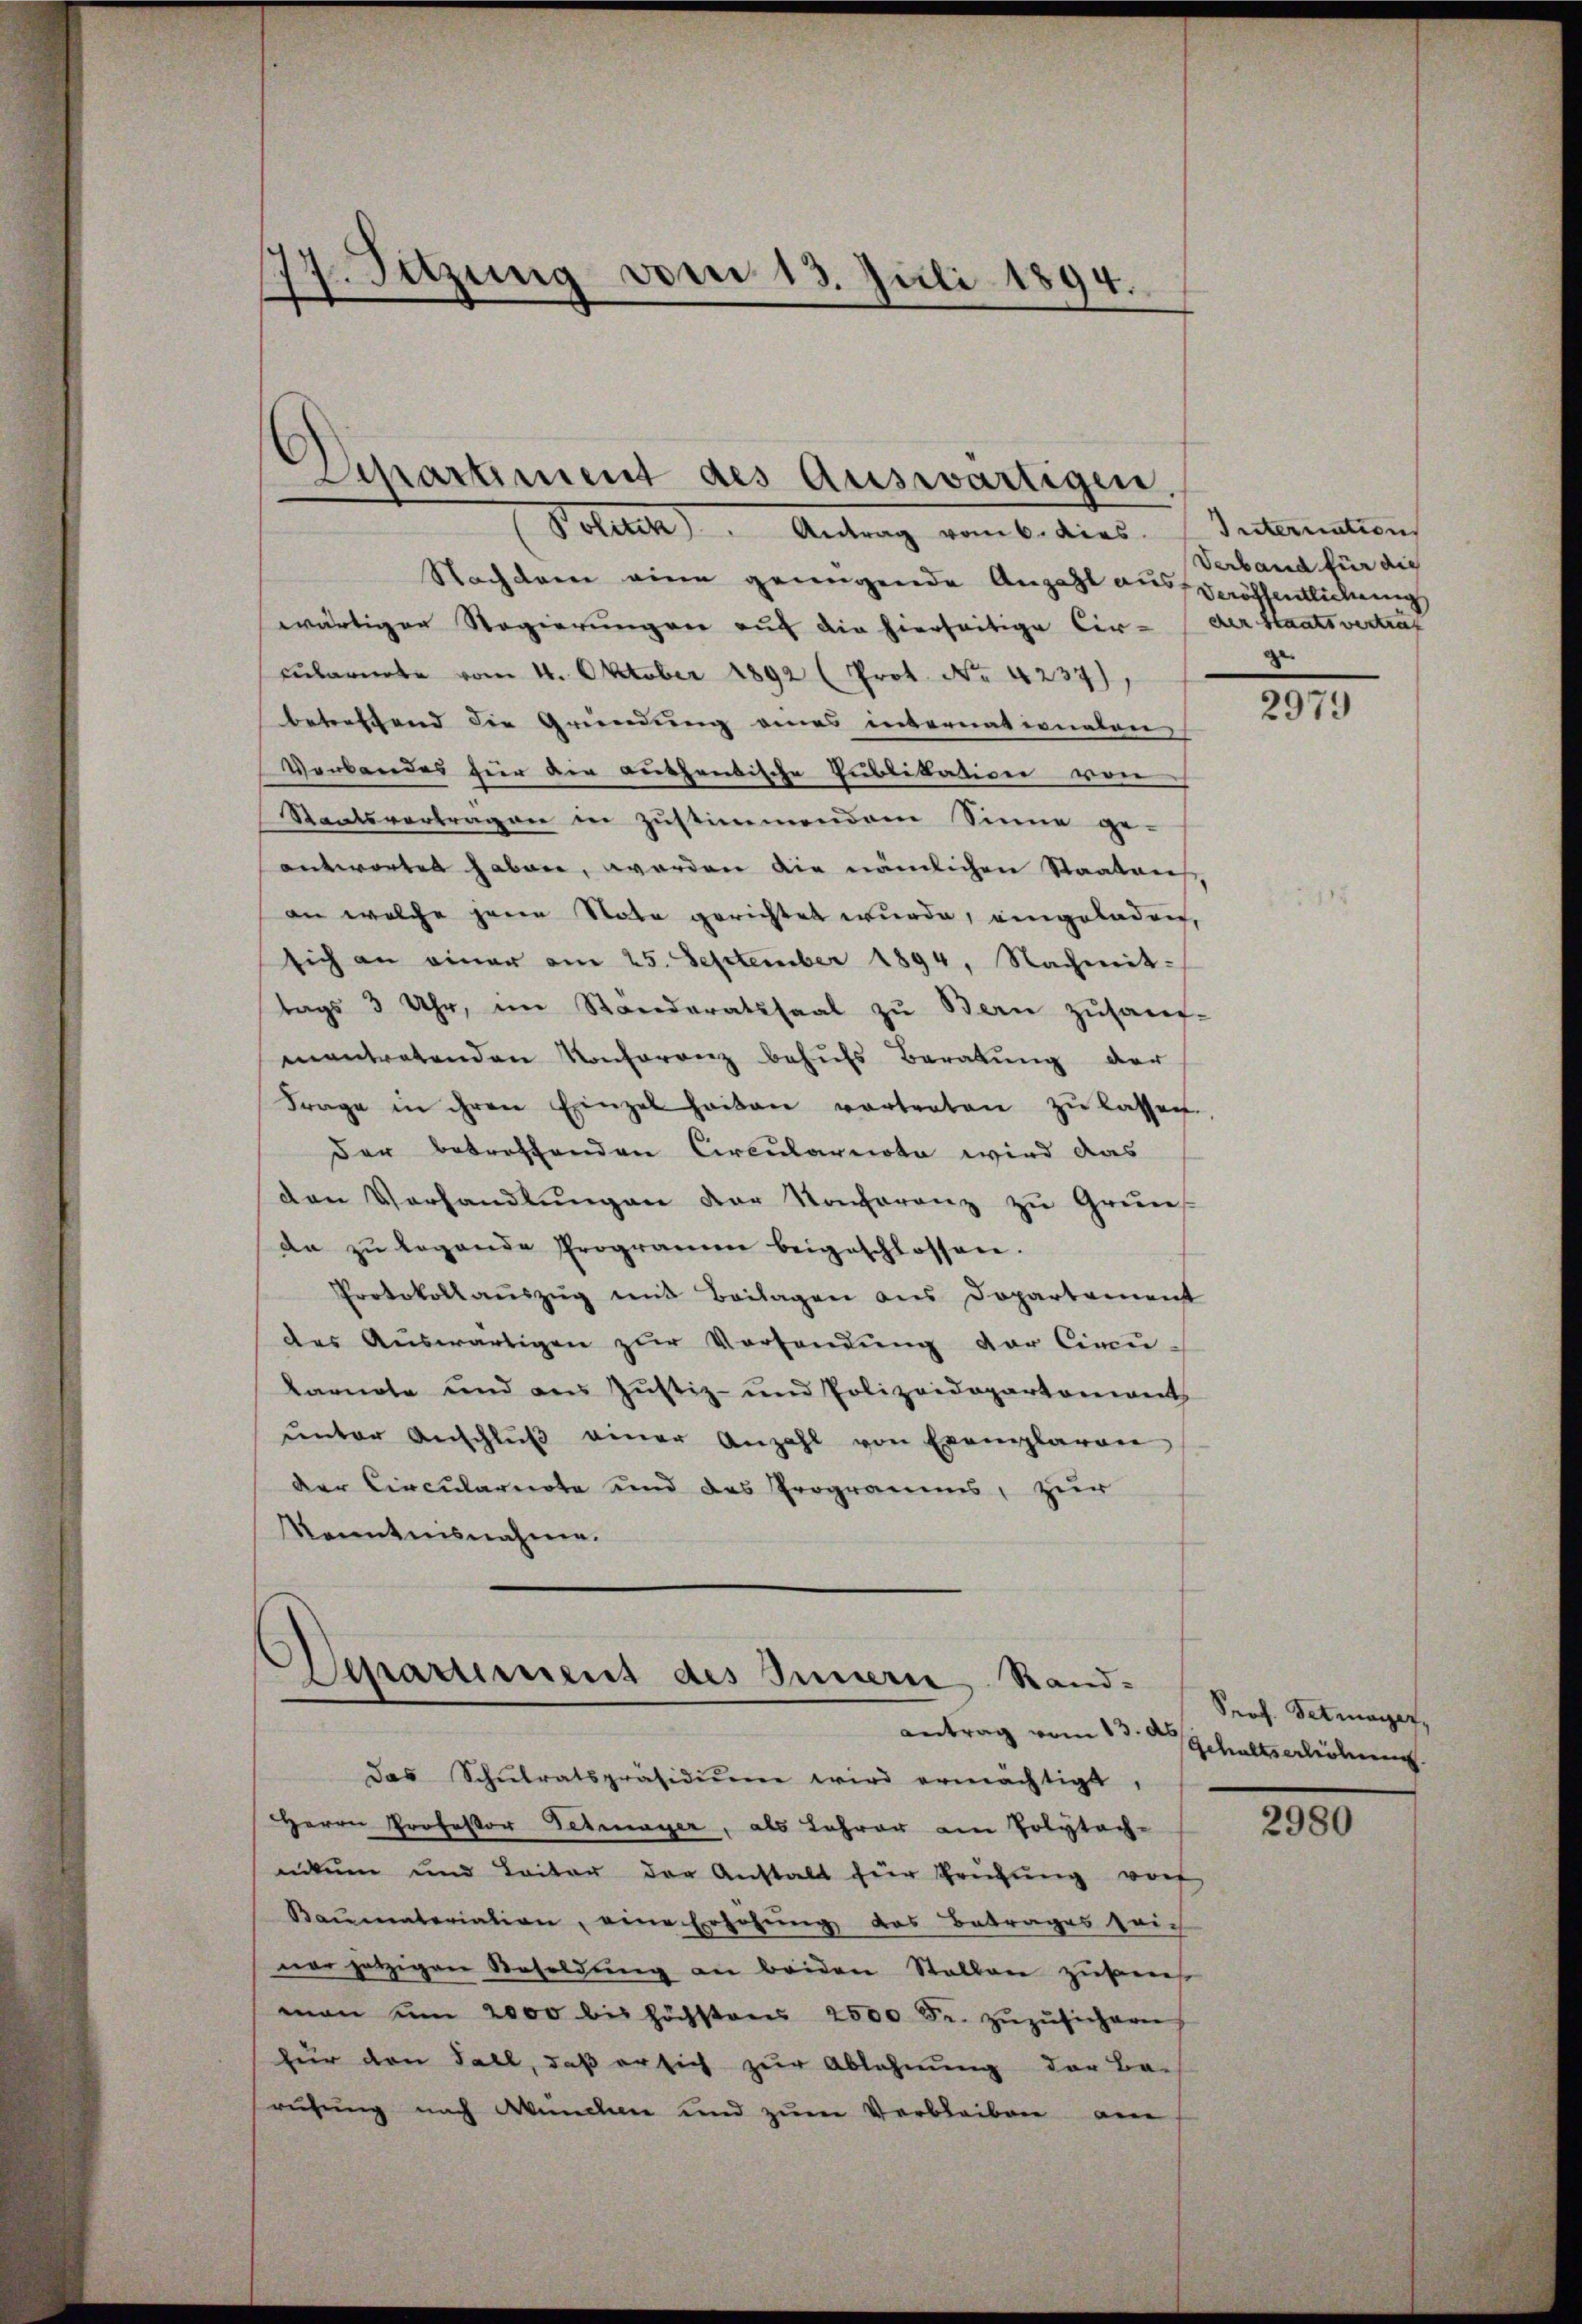
1. Sitzung vom 13. Juli 1894.
d
.

Schartiment des Auswärtigen
Politik. Antrag vom 6. dies. Internation

Nachdem eine genügende Anzahl aus Veröffentlichung
wärtigen Regierungen auf die hierseitige Cir- der Staatsvertrat
Eulante vom 4. Oktober 1892 (Prot. No. 4237)
betreffend die Gründung eines internationalen
Verbandes zur die authentische Publikation von
Staatsvertragen in zustimmendem Sinne ge-
antwortet haben, worden die nämlichen Staaten
an welche jene Nota gerichtet wurde, eingeladen,
sich an einer am 25. September 1894. Nachmit-
tags 3 Uhr, im Standeratssaal zu Bern zŭsauf-
mantratenden Konferenz behufs Beratung der
Frage in ihren Einzelheiten vortreten zŭ lassen.
der betroffenden Circulareota wird das
den Verhandlŭngen der Konferenz zu Grund-
aa zŭ legende Programm beigeschlossen.
Protokollauszug mit Beilagen aus Dopartement
des Aŭswärtigen zŭr Vorhandŭng der Circŭ-
karnote und aus Justiz- und Polizeidepartoniert
ŭnter Anschlŭβ einer Anzahl von Exemplaren
Der Circularnote und des Programms, zur
Kenntnisnahme.

Separtement des Innern Randantrag vom 13. ds

Das Schŭlratspräsidiŭm wird ermächtigt,
Herrn Professor Detmayer, als Lehrer am Polytech-
nikum und Leiter der Anstalt für Prüfŭng vor
Baumateriation, eine Erhöhung das Betrages leich
ner jetzigen Besoldŭng an beiden Stallen zuers
man um 2000 bis höchstens 2500 Fr. zŭzŭsichern
für den Fall, daß er sich zur Ablehnung der Be-
rufung nach Wunden und zŭm Verbleiben am

Verband für die
.

2979

Prof. Tetmayer,
Gehaltserhöhung.

2980